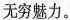
无穷魅力。